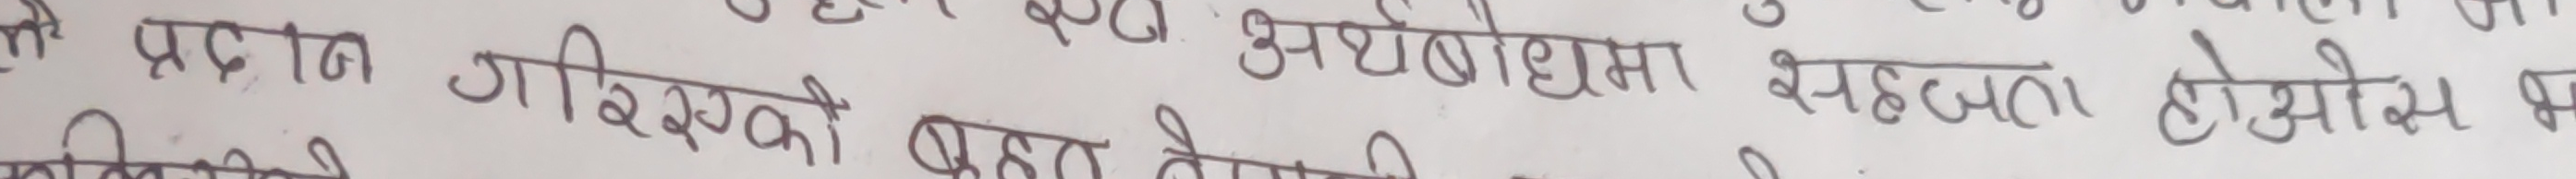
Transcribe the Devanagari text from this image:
प्राप्त गरिस्को पछि उपयोगितामा सद्भावना होओस्